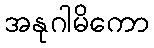
အနုဂါမိကော